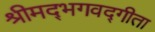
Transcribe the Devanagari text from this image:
श्रीमद्‍भगवद्‍गीता